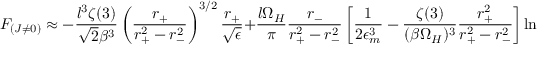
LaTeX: F _ { ( J \neq 0 ) } \approx - \frac { l ^ { 3 } \zeta ( 3 ) } { \sqrt { 2 } \beta ^ { 3 } } \left( \frac { r _ { + } } { r _ { + } ^ { 2 } - r _ { - } ^ { 2 } } \right) ^ { 3 / 2 } \frac { r _ { + } } { \sqrt { \epsilon } } + \frac { l \Omega _ { H } } { \pi } \frac { r _ { - } } { r _ { + } ^ { 2 } - r _ { - } ^ { 2 } } \left[ \frac { 1 } { 2 \epsilon _ { m } ^ { 3 } } - \frac { \zeta ( 3 ) } { ( \beta \Omega _ { H } ) ^ { 3 } } \frac { r _ { + } ^ { 2 } } { r _ { + } ^ { 2 } - r _ { - } ^ { 2 } } \right] \ln \left( \frac { r _ { + } } { \epsilon } \right) ~ ,